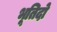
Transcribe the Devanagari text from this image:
भूतिदो